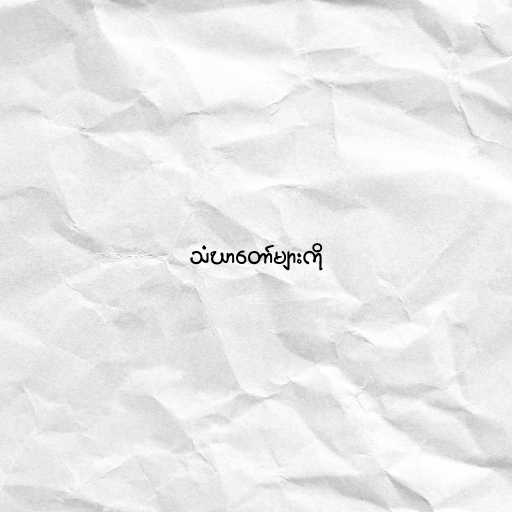
သံဃာတော်များကို